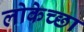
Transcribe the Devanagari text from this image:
लोकेच्छा